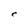
Character: C